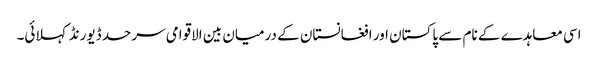
اسی معاہدے کے نام سے پاکستان اور افغانستان کے درمیان بین الاقوامی سرحد ڈیورنڈ کہلائی۔